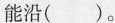
能沿()。